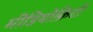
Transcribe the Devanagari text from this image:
मीडियोक्रिटी